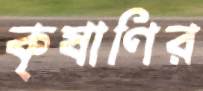
কৃষাণির